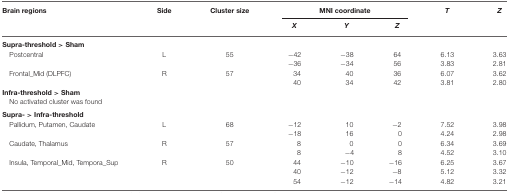
<table><thead><tr><td><b>Brain regions</b></td><td><b>Side</b></td><td><b>Cluster size</b></td><td colspan="3"><b>MNI coordinate</b></td><td><b><i>T</i></b></td><td><b><i>Z</i></b></td></tr><tr><td></td><td></td><td></td><td><b><i>X</i></b></td><td><b><i>Y</i></b></td><td><b><i>Z</i></b></td></tr></thead><tbody><tr><td><b>Supra-threshold &gt; Sham</b></td></tr><tr><td>Postcentral</td><td>L</td><td>55</td><td>−42</td><td>−38</td><td>64</td><td>6.13</td><td>3.63</td></tr><tr><td></td><td></td><td></td><td>−36</td><td>−34</td><td>56</td><td>3.83</td><td>2.81</td></tr><tr><td>Frontal_Mid (DLPFC)</td><td>R</td><td>57</td><td>34</td><td>40</td><td>36</td><td>6.07</td><td>3.62</td></tr><tr><td></td><td></td><td></td><td>40</td><td>34</td><td>42</td><td>3.81</td><td>2.80</td></tr><tr><td><b>Infra-threshold &gt; Sham</b></td></tr><tr><td>No activated cluster was found</td></tr><tr><td><b>Supra- &gt; Infra-threshold</b></td></tr><tr><td>Pallidum, Putamen, Caudate</td><td>L</td><td>68</td><td>−12</td><td>10</td><td>−2</td><td>7.52</td><td>3.98</td></tr><tr><td></td><td></td><td></td><td>−18</td><td>16</td><td>0</td><td>4.24</td><td>2.98</td></tr><tr><td>Caudate, Thalamus</td><td>R</td><td>57</td><td>8</td><td>0</td><td>0</td><td>6.34</td><td>3.69</td></tr><tr><td></td><td></td><td></td><td>8</td><td>−4</td><td>8</td><td>4.52</td><td>3.10</td></tr><tr><td>Insula, Temporal_Mid, Tempora_Sup</td><td>R</td><td>50</td><td>44</td><td>−10</td><td>−16</td><td>6.25</td><td>3.67</td></tr><tr><td></td><td></td><td></td><td>40</td><td>−12</td><td>−8</td><td>5.12</td><td>3.32</td></tr><tr><td></td><td></td><td></td><td>54</td><td>−12</td><td>−14</td><td>4.82</td><td>3.21</td></tr></tbody></table>